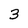
Character: 3